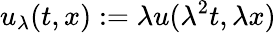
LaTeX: u_{\lambda}(t,x):=\lambda u(\lambda^{2}t,\lambda x)